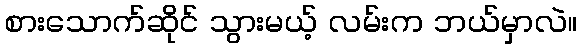
စားသောက်ဆိုင် သွားမယ့် လမ်းက ဘယ်မှာလဲ။